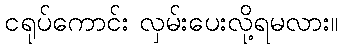
ငရုပ်ကောင်း လှမ်းပေးလို့ရမလား။